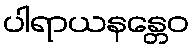
ပါရာယနန္တေဝ